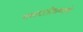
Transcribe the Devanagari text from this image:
गणपतीप्रमाणे